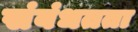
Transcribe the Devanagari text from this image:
संबंधतता